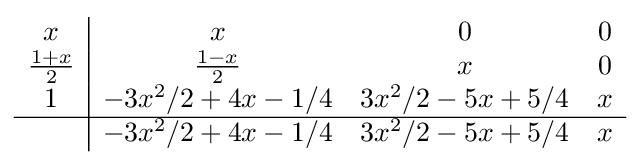
{\begin{array}{c|ccc}x&x&0&0\\{\frac {1+x}{2}}&{\frac {1-x}{2}}&x&0\\1&-3x^{2}/2+4x-1/4&3x^{2}/2-5x+5/4&x\\\hline &-3x^{2}/2+4x-1/4&3x^{2}/2-5x+5/4&x\\\end{array}}